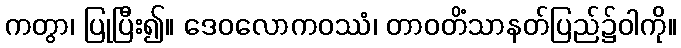
ကတွာ၊ ပြုပြီး၍။ ဒေဝလောကဝဿံ၊ တာဝတိံသာနတ်ပြည်၌ဝါကို။